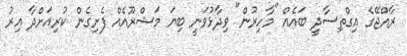
ރާއްޖޭގެ އިގްތިސާދީ ބައެއް "މާހިރުން" ވިދާޅުވަނީ ބިޔަ މަޝްރޫއެއް ފެށިގެން ކުރިއަށްދާ އިރު